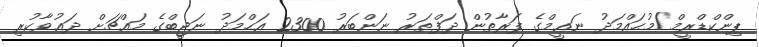
ޕިންކްޑްރީމް/މުޙައްމަދު ނަޢީމްގެ ފަރާތުން ދަފްތަރު ނަންބަރު 2300 އަޙްމަދު ނަޖީބްގެ މައްޗަށް ދަޢުވާކުރި